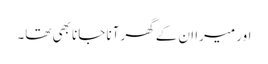
اور میرا ان کے گھر آنا جانا بھی تھا۔